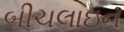
બીચલાઇન